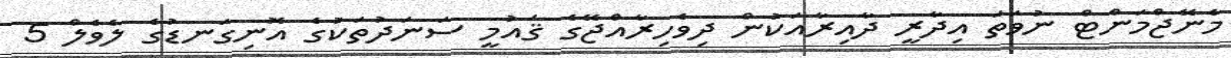
މެނޭޖްމަންޓް ނުވަތަ އިދާރީ ދާއިރާއަކުން ދިވެހިރާއްޖޭގެ ޤައުމީ ސަނަދުތަކުގެ އޮނިގަނޑުގެ ލެވެލް 5